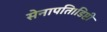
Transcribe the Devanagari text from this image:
सेनापति।डिप्टी